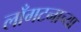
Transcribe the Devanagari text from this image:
लाँगटनाच्या